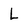
Character: L